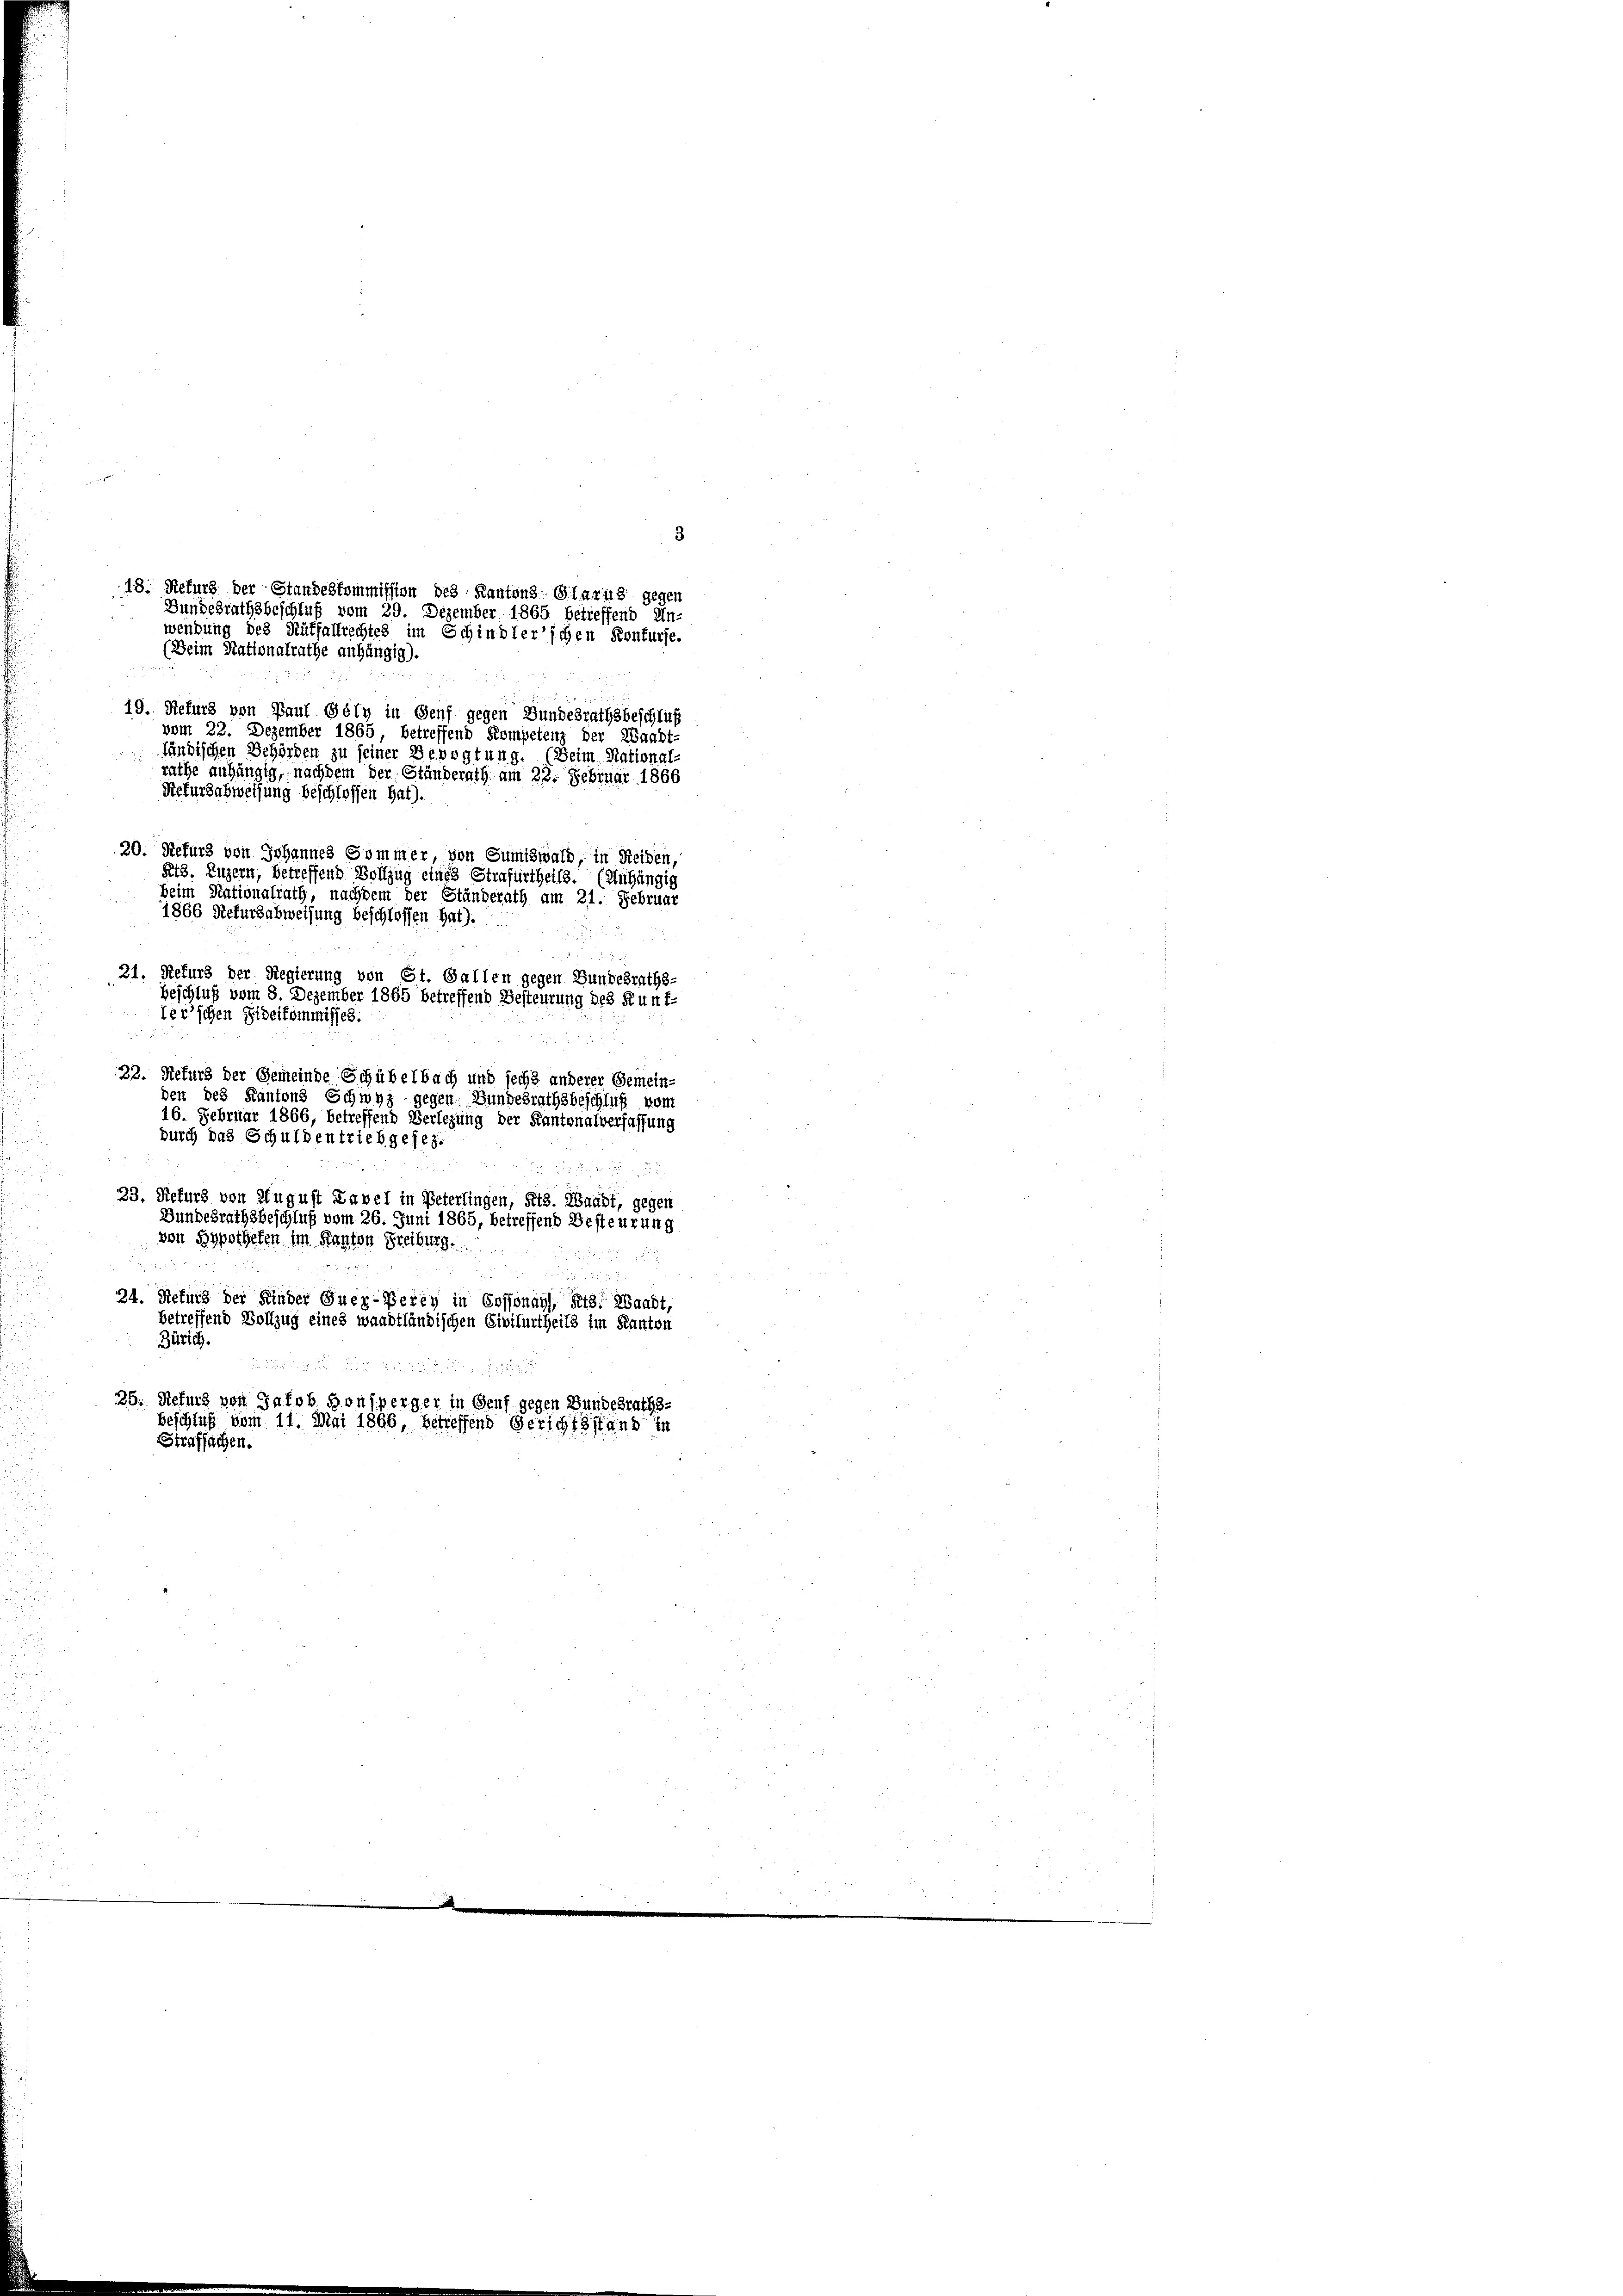
3
18. Refurs der Standeskommission des Kantons Glarus gegen
Bundesrathsbeschluß vom 29. Dezember 1865 betreffend Un-
wendung des Rütfallrechtes im Schindler’schen Konkurse.
(Deim Nationalrathe anhängig).

19. Refurs von Paul Gély in Genf gegen Bundesrathsbeschluß
vom 22. Dezember 1865, betreffend Kompetenz der Waadt-
ländischen Behörden zu seiner Bevogtung. (Beim Stational
rathe anhängig, nachdem der Ständerath am 22. Februar 1866
16. Februar 1866, betreffend Verlegung der Kantonalverfassung
durch das Schuldentriebgesez
23. Refurs von August Kavel in Peterlingen, Kts. Waadt, gegen
Bundesrathsbeschluß vom 26. Juni 1865, betreffend Besteurung
von Hypothefen im Kanton Freiburg.
24. Refurs der Kinder Quer-Berey in Cossonayl, Kts. Waadt,
betreffend Vollzug eines waadtländischen Civilurtheils im Kanton
Zürich.

25. Refurz von Jakob Honsperger in Genf gegen Bundesraths-
Beschluß vom 11. Mai 1866 betreffend Gerichtsstand in
Strafsachen.

Rictursabweisung beschlossen hat).
20. Refurs von Johannes Sommer, von Sumiswald, in Reiden,
Rt3. Luzern, betreffend Vollzug eines Strafurtheils. (Anhängig
beim Stationalrath, nachdem der Ständerath am 21. Februar
1866 Rekursabweisung beschlossen hat).
31, Refurs der Regierung von St. Gallen gegen Bundesraths-
Beschluß vom 8. Dezember 1865 betreffend Besteurung des Kunf-
ler’schen Fideikommisses.

22. Refurs der Gemeinde Schübelbach und sechs anderer Gemein-
den des Kantons Schwyz gegen Bundesrathsbeschluß vom